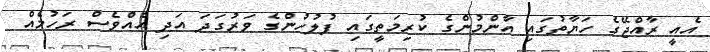
އެއީ ރާއްޖޭގެ ހަޔާތުގައި އާންމުންގެ ކުރިމަތީގައި ފުލުހުންގެ ވަރުގަދަ އަދި އެއްވެސް ރަހުމެއް